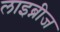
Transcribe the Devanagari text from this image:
लाइब्नीज